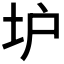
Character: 𡉴